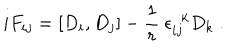
i F _ { i j } = [ D _ { i } , D _ { j } ] - \frac { 1 } { r } ~ \epsilon _ { i j } ^ { ~ ~ k } D _ { k } ~ . \nonumber